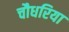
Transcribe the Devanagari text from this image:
चौधरिया